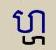
ហ្ហ